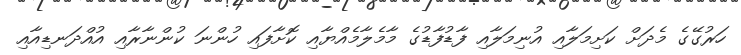
ހަރުގޭގެ މެދަށް ކަށިމަލާއި އުނިމަލާއި ފާޑުފާޑުގެ މާމެލާމެއްޔާއި ކޮށާފައި ހުންނަ ކުންނާރާއި އުއްދަނޑިއާއި